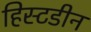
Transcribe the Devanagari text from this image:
हिस्टडीन